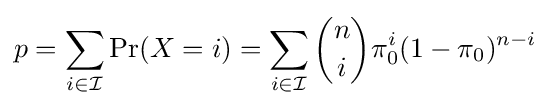
p=\sum _{i\in {\mathcal {I}}}\Pr(X=i)=\sum _{i\in {\mathcal {I}}}{\binom {n}{i}}\pi _{0}^{i}(1-\pi _{0})^{n-i}